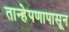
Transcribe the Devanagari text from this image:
तान्हेपणापासून